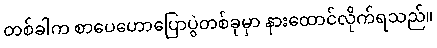
တစ်ခါက စာပေဟောပြောပွဲတစ်ခုမှာ နားထောင်လိုက်ရသည်။